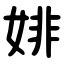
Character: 婔